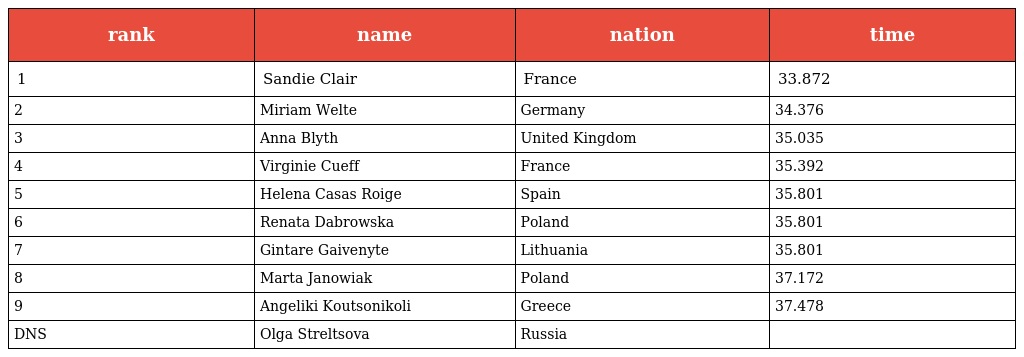
| rank | name | nation | time |
 | --- | --- | --- | --- |
 | 1 | Sandie Clair | France | 33.872 |
 | 2 | Miriam Welte | Germany | 34.376 |
 | 3 | Anna Blyth | United Kingdom | 35.035 |
 | 4 | Virginie Cueff | France | 35.392 |
 | 5 | Helena Casas Roige | Spain | 35.801 |
 | 6 | Renata Dabrowska | Poland | 35.801 |
 | 7 | Gintare Gaivenyte | Lithuania | 35.801 |
 | 8 | Marta Janowiak | Poland | 37.172 |
 | 9 | Angeliki Koutsonikoli | Greece | 37.478 |
 | DNS | Olga Streltsova | Russia |  |